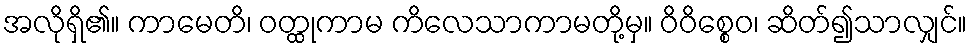
အလိုရှိ၏။ ကာမေတိ၊ ဝတ္ထုကာမ ကိလေသာကာမတို့မှ။ ဝိဝိစ္စေဝ၊ ဆိတ်၍သာလျှင်။